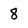
Character: 8